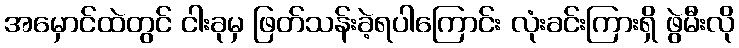
အမှောင်ထဲတွင် ငါးခုမှ ဖြတ်သန်းခဲ့ရပါကြောင်း လုံးခင်းကြားရှိ ဖွဲမီးလို